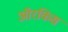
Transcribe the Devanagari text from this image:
ऑरकिस